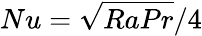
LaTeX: Nu=\sqrt{RaPr}/4